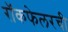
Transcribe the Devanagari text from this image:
रॉकफेलरची